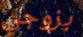
بزوجي